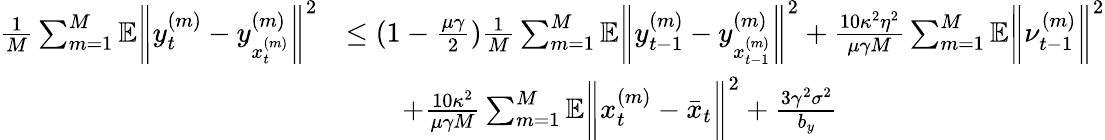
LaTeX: \begin{array}{rl}{\frac{1}{M}\sum_{m=1}^{M}\mathbb{E}\bigg\| y_{t}^{(m)}-y_{x_{t}^{(m)}}^{(m)}\bigg\| ^{2}}&{\leq(1-\frac{\mu\gamma}{2})\frac{1}{M}\sum_{m=1}^{M}\mathbb{E}\bigg\| y_{t-1}^{(m)}-y_{x_{t-1}^{(m)}}^{(m)}\bigg\| ^{2}+\frac{10\kappa^{2}\eta^{2}}{\mu\gamma M}\sum_{m=1}^{M}\mathbb{E}\bigg\| \nu_{t-1}^{(m)}\bigg\| ^{2}}\\ &{\qquad+\frac{10\kappa^{2}}{\mu\gamma M}\sum_{m=1}^{M}\mathbb{E}\bigg\| x_{t}^{(m)}-\bar{x}_{t}\bigg\| ^{2}+\frac{3\gamma^{2}\sigma^{2}}{b_{y}}}\end{array}